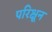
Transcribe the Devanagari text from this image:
परिक्षून